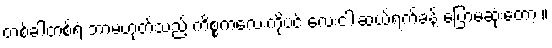
တစ်ခါတစ်ရံ ဘာမဟုတ်သည့် ကိစ္စကလေးကိုပင် လေးငါးဆယ်ရက်ခန့် ပြောမဆုံးတော့ ။